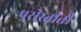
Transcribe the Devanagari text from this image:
परीस्तीती